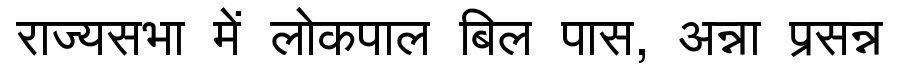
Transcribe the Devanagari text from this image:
राज्यसभा में लोकपाल बिल पास, अन्ना प्रसन्न